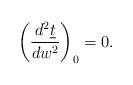
LaTeX: \begin{align*} \left(\frac{d^2\underline{t}}{dw^2}\right)_0=0.\end{align*}